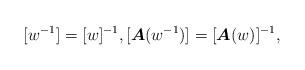
LaTeX: \begin{align*}[w^{-1}]=[w]^{-1},[\boldsymbol{A}(w^{-1})]=[\boldsymbol{A}(w)]^{-1},\end{align*}